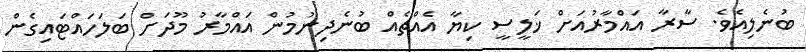
ބުނެލިއެވެ. ސާރާ އައްމާރުއަށް ޚަލީސީ ކިޔާ އެއްޗެއް ބުނެދިނުމުން އައްމާރު މޫދަށް ބަލަހައްޓައިގެން